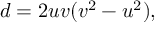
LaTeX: d = 2 u v ( v ^ { 2 } - u ^ { 2 } ) ,